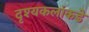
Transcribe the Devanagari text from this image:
दृश्यकलांकडे